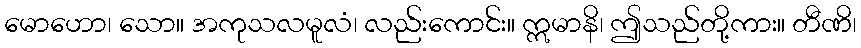
မောဟော၊ သော။ အကုသလမူလံ၊ လည်းကောင်း။ ဣမာနိ၊ ဤသည်တို့ကား။ တီဏိ၊